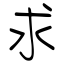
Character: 求